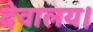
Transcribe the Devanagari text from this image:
देवालय।